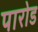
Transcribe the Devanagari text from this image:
पारोड